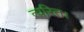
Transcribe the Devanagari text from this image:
त्वरित।